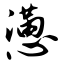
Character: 懑